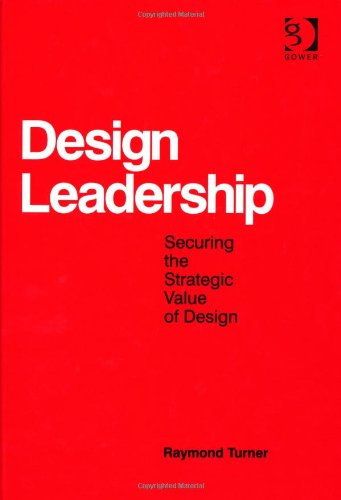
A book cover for Design Leadership: Securing the Strategic Value of Design; Raymond Turner; Business & Money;